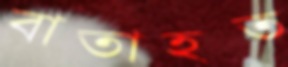
বাতাহত